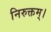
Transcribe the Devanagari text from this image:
निरुक्तम्।